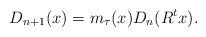
LaTeX: \begin{align*}D_{n+1}(x)=m_\tau(x)D_n(R^{t}x).\end{align*}